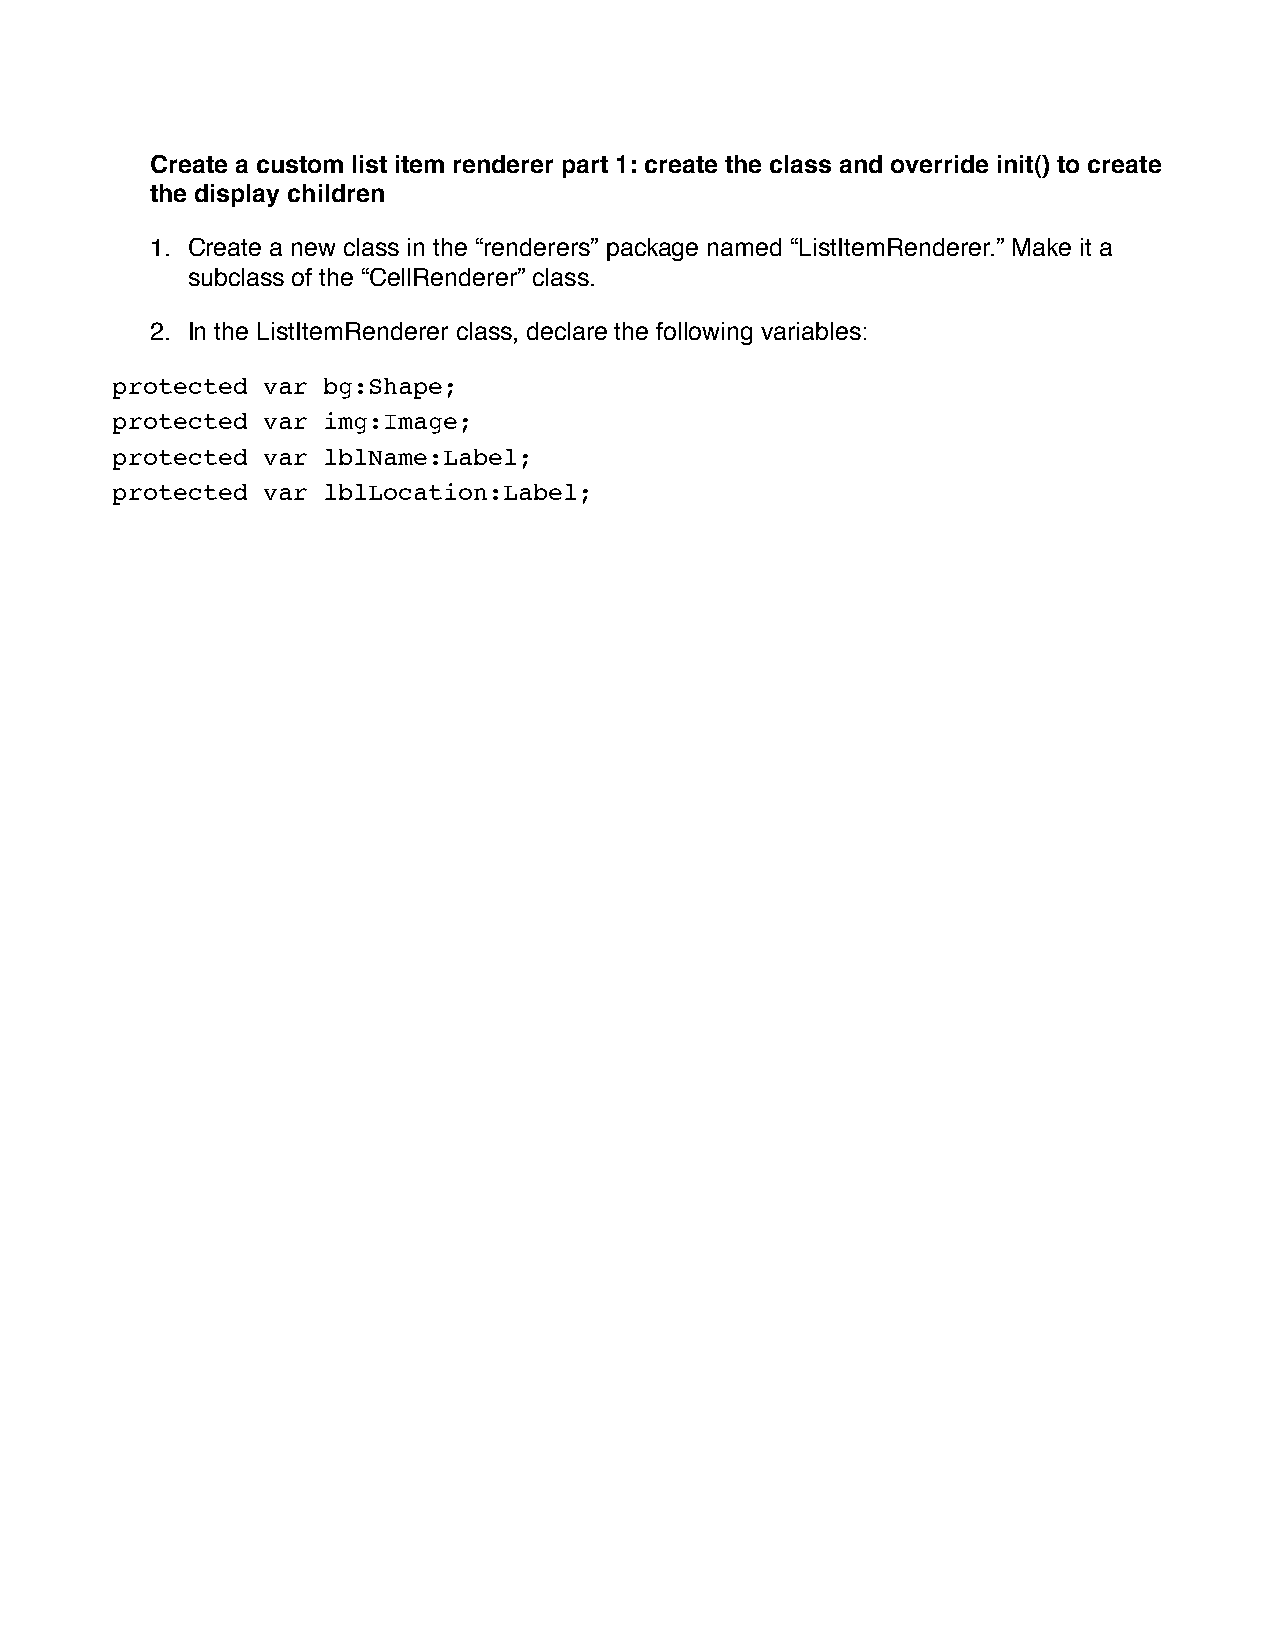
Create a custom list item renderer part 1: create the class and override init() to create
 the display children
 1. Create a new class in the “renderers” package named “ListItemRenderer.” Make it a
 subclass of the “CellRenderer” class.
 2. In the ListItemRenderer class, declare the following variables:
 protected var bg:Shape;
 protected var img:Image;
 protected var lblName:Label;
 protected var lblLocation:Label;